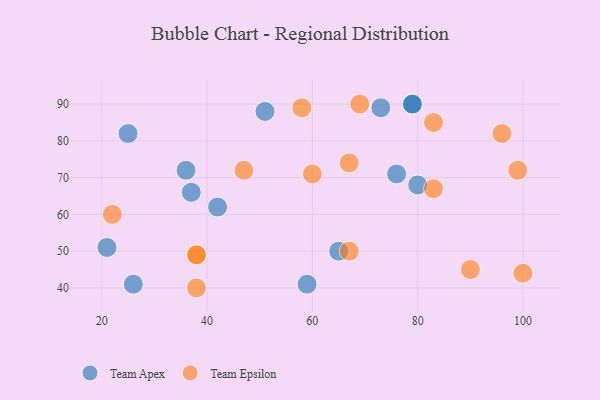
{"axis": {"x": "GDP", "y": "Life Expectancy"}, "legend": ["Team Apex", "Team Epsilon"], "data": [{"x": "76", "y": 71, "type": "Team Apex"}, {"x": "79", "y": 90, "type": "Team Apex"}, {"x": "65", "y": 50, "type": "Team Apex"}, {"x": "73", "y": 89, "type": "Team Apex"}, {"x": "59", "y": 41, "type": "Team Apex"}, {"x": "51", "y": 88, "type": "Team Apex"}, {"x": "37", "y": 66, "type": "Team Apex"}, {"x": "21", "y": 51, "type": "Team Apex"}, {"x": "26", "y": 41, "type": "Team Apex"}, {"x": "42", "y": 62, "type": "Team Apex"}, {"x": "25", "y": 82, "type": "Team Apex"}, {"x": "80", "y": 68, "type": "Team Apex"}, {"x": "79", "y": 90, "type": "Team Apex"}, {"x": "36", "y": 72, "type": "Team Apex"}, {"x": "38", "y": 49, "type": "Team Epsilon"}, {"x": "100", "y": 44, "type": "Team Epsilon"}, {"x": "69", "y": 90, "type": "Team Epsilon"}, {"x": "47", "y": 72, "type": "Team Epsilon"}, {"x": "96", "y": 82, "type": "Team Epsilon"}, {"x": "67", "y": 50, "type": "Team Epsilon"}, {"x": "38", "y": 49, "type": "Team Epsilon"}, {"x": "99", "y": 72, "type": "Team Epsilon"}, {"x": "58", "y": 89, "type": "Team Epsilon"}, {"x": "22", "y": 60, "type": "Team Epsilon"}, {"x": "90", "y": 45, "type": "Team Epsilon"}, {"x": "83", "y": 67, "type": "Team Epsilon"}, {"x": "38", "y": 40, "type": "Team Epsilon"}, {"x": "83", "y": 85, "type": "Team Epsilon"}, {"x": "67", "y": 74, "type": "Team Epsilon"}, {"x": "60", "y": 71, "type": "Team Epsilon"}]}